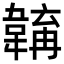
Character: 𩏎